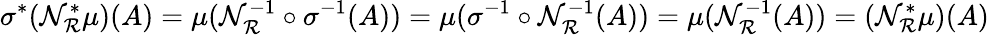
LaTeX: \sigma^{*}(\mathcal{N}_{\mathcal{R}}^{*}\mu)(A)=\mu(\mathcal{N}_{\mathcal{R}}^{-1}\circ\sigma^{-1}(A))=\mu(\sigma^{-1}\circ\mathcal{N}_{\mathcal{R}}^{-1}(A))=\mu(\mathcal{N}_{\mathcal{R}}^{-1}(A))=(\mathcal{N}_{\mathcal{R}}^{*}\mu)(A)